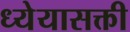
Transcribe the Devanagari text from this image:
ध्येयासक्ती